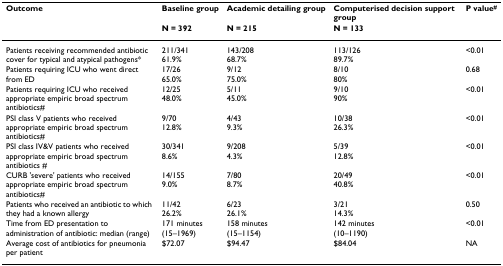
| Outcome | Baseline group | Academic detailing group | Computerised decision support group | P value# |
 |  | N = 392 | N = 215 | N = 133 |  |
 | --- | --- | --- | --- | --- |
 | Patients receiving recommended antibiotic cover for typical and atypical pathogens* | 211/34161.9% | 143/20868.7% | 113/12689.7% | <0.01 |
 | Patients requiring ICU who went direct from ED | 17/2665.0% | 9/1275.0% | 8/1080% | 0.68 |
 | Patients requiring ICU who received appropriate empiric broad spectrum antibiotics# | 12/2548.0% | 5/1145.0% | 9/1090% | <0.01 |
 | PSI class V patients who received appropriate empiric broad spectrum antibiotics# | 9/7012.8% | 4/439.3% | 10/3826.3% | <0.01 |
 | PSI class IV&V patients who received appropriate empiric broad spectrum antibiotics # | 30/3418.6% | 9/2084.3% | 5/3912.8% | <0.01 |
 | CURB 'severe' patients who received appropriate empiric broad spectrum antibiotics# | 14/1559.0% | 7/808.7% | 20/4940.8% | <0.01 |
 | Patients who received an antibiotic to which they had a known allergy | 11/4226.2% | 6/2326.1% | 3/2114.3% | 0.50 |
 | Time from ED presentation to administration of antibiotic: median (range) | 171 minutes(15–1969) | 158 minutes(15–1154) | 142 minutes(10–1190) | <0.01 |
 | Average cost of antibiotics for pneumonia per patient | $72.07 | $94.47 | $84.04 | NA |